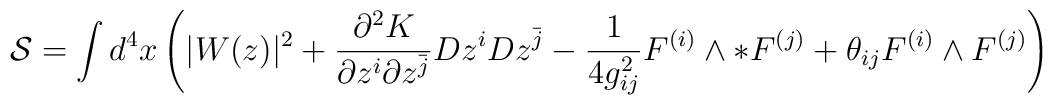
\mathcal{S}= \int d^4x \left( |W(z)|^2 + \frac{\partial^2 K}{\partial z^i \partial z^{\bar j} }Dz^i Dz^{\bar j}-\frac{1}{4g^2_{ij}} F^{(i)} \wedge * F^{(j)}+ \theta_{ij} F^{(i)} \wedge F^{(j)} \right)